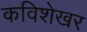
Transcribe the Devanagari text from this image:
कविशेखर